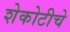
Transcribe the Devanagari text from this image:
शेकोटीचे